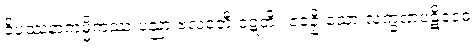
ဝိပဿနာကမ္မိကဿ ပညာ ဗလဝတီ ဝဋ္ဋတိ။ ဧဝဉှိ သော လက္ခဏပဋိဝေဓံ